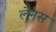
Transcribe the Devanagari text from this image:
लेनस